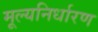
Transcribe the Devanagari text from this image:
मूल्‍यनिर्धारण